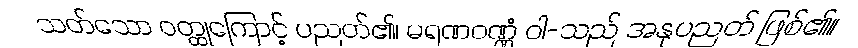
သတ်သော ဝတ္ထုကြောင့် ပညတ်၏၊ မရဏဝဏ္ဏံ ဝါ-သည် အနုပညတ် ဖြစ်၏။